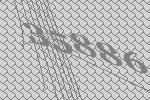
35886